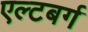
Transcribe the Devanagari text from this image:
एल्टबर्ग